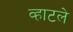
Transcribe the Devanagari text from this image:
व्हाटले